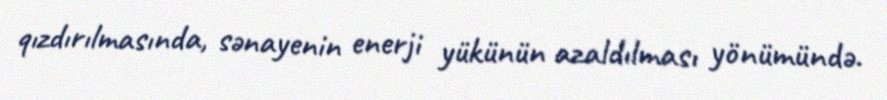
qızdırılmasında, sənayenin enerji yükünün azaldılması yönümündə.